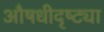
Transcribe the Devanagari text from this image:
औषधीदृष्ट्या